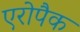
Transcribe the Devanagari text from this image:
एरोपैक